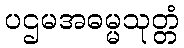
ပဌမအဓမ္မသုတ္တံ